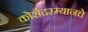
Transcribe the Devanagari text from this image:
कोर्सदरम्यानचे